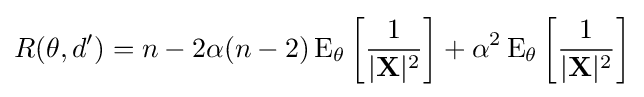
R(\theta ,d')=n-2\alpha (n-2)\operatorname {E} _{\theta }\left[{\frac {1}{|\mathbf {X} |^{2}}}\right]+\alpha ^{2}\operatorname {E} _{\theta }\left[{\frac {1}{|\mathbf {X} |^{2}}}\right]